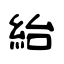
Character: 紿